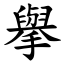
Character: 擧